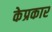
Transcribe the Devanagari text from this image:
केप्रकार